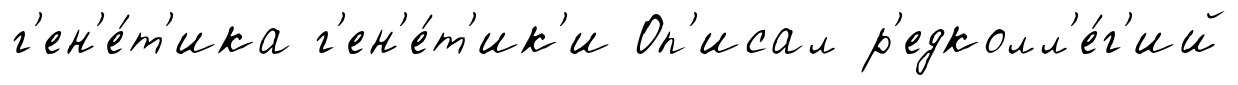
г'ен'е́т'ика г'ен'е́т'ик'и Оп'исал р'едколл'е́г'ий